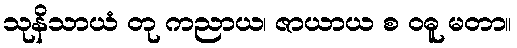
သုနိသာယံ တု ကညာယ၊ ဇာယာယ စ ဝဓူ မတာ။